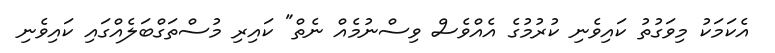
އެކަމަކު މިވަގުތު ކައިވެނި ކުރުމުގެ އެއްވެސް ވިސްނުމެއް ނެތް" ކައިރި މުސްތަގްބަލެއްގައި ކައިވެނި